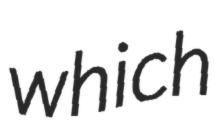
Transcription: which